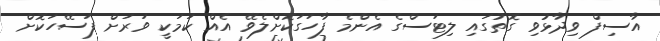
އާސިފް ވިދާޅުވި ގޮތުގައި ލިޓަސްގެ އެންމެ ފާހަގަކޮށްލެވޭ އެއް ކަމަކީ ވަރަށް ފަސޭހަކޮށް